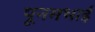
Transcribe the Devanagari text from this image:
पूनमभाई